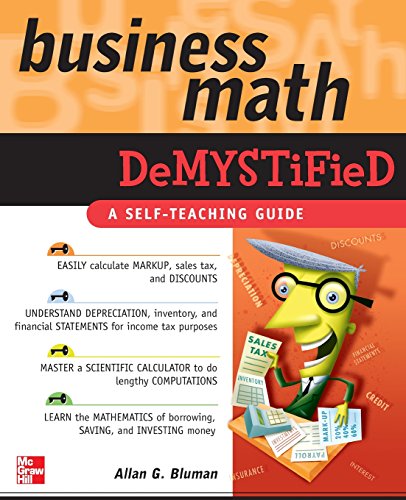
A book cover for Business Math Demystified; Allan Bluman; Business & Money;